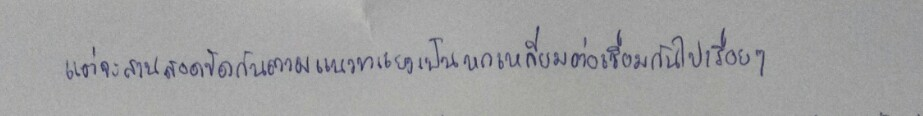
แต่จะสานสอดขัดกันตามแนวทแยงเป็นหกเหลี่ยมต่อเชื่อมกันไปเรื่อยๆ